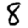
Digit: 8